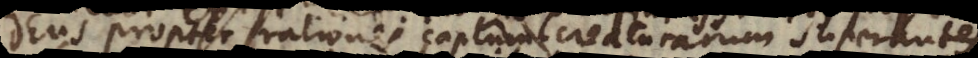
propter rationes captum creaturarum superante